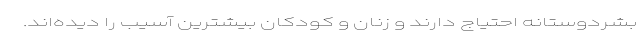
بشردوستانه احتیاج دارند و زنان و کودکان بیشترین آسیب را دیده‌اند.